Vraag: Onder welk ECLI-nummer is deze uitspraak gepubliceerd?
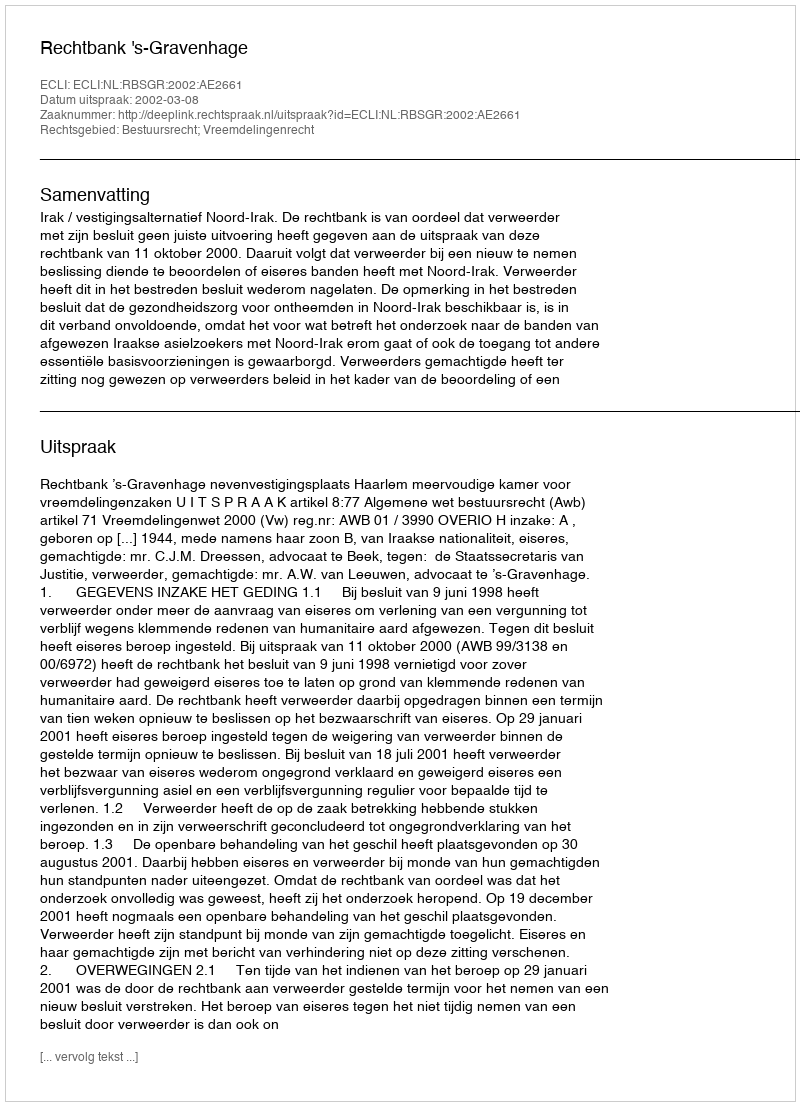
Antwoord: ECLI:NL:RBSGR:2002:AE2661